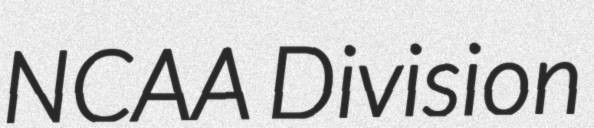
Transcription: NCAA Division